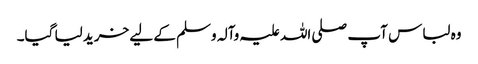
وہ لباس آپ صلی اللہ علیہ وآلہ وسلم کے لیے خرید لیا گیا۔